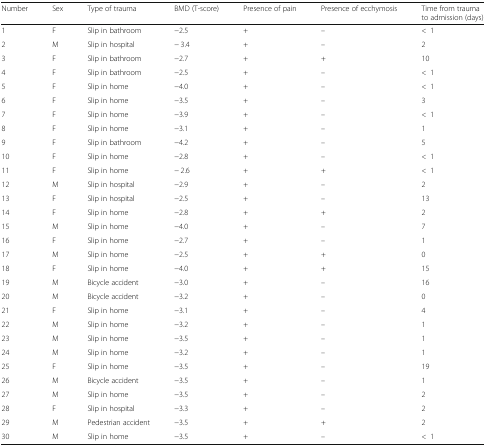
<table><thead><tr><td><b>Number</b></td><td><b>Sex</b></td><td><b>Type of trauma</b></td><td><b>BMD (T-score)</b></td><td><b>Presence of pain</b></td><td><b>Presence of ecchymosis</b></td><td><b>Time from trauma to admission (days)</b></td></tr></thead><tbody><tr><td>1</td><td>F</td><td>Slip in bathroom</td><td>−2.5</td><td>+</td><td>–</td><td>&lt;1</td></tr><tr><td>2</td><td>M</td><td>Slip in hospital</td><td>− 3.4</td><td>+</td><td>–</td><td>2</td></tr><tr><td>3</td><td>F</td><td>Slip in bathroom</td><td>−2.7</td><td>+</td><td>+</td><td>10</td></tr><tr><td>4</td><td>F</td><td>Slip in bathroom</td><td>−2.5</td><td>+</td><td>–</td><td>&lt;1</td></tr><tr><td>5</td><td>F</td><td>Slip in home</td><td>−4.0</td><td>+</td><td>–</td><td>&lt;1</td></tr><tr><td>6</td><td>F</td><td>Slip in home</td><td>−3.5</td><td>+</td><td>–</td><td>3</td></tr><tr><td>7</td><td>F</td><td>Slip in home</td><td>−3.9</td><td>+</td><td>–</td><td>&lt;1</td></tr><tr><td>8</td><td>F</td><td>Slip in home</td><td>−3.1</td><td>+</td><td>–</td><td>1</td></tr><tr><td>9</td><td>F</td><td>Slip in bathroom</td><td>−4.2</td><td>+</td><td>–</td><td>5</td></tr><tr><td>10</td><td>F</td><td>Slip in home</td><td>−2.8</td><td>+</td><td>–</td><td>&lt;1</td></tr><tr><td>11</td><td>F</td><td>Slip in home</td><td>− 2.6</td><td>+</td><td>+</td><td>&lt;1</td></tr><tr><td>12</td><td>M</td><td>Slip in hospital</td><td>−2.9</td><td>+</td><td>–</td><td>2</td></tr><tr><td>13</td><td>F</td><td>Slip in hospital</td><td>−2.5</td><td>+</td><td>–</td><td>13</td></tr><tr><td>14</td><td>F</td><td>Slip in home</td><td>−2.8</td><td>+</td><td>+</td><td>2</td></tr><tr><td>15</td><td>M</td><td>Slip in home</td><td>−4.0</td><td>+</td><td>–</td><td>7</td></tr><tr><td>16</td><td>F</td><td>Slip in home</td><td>−2.7</td><td>+</td><td>–</td><td>1</td></tr><tr><td>17</td><td>M</td><td>Slip in home</td><td>−2.5</td><td>+</td><td>+</td><td>0</td></tr><tr><td>18</td><td>F</td><td>Slip in home</td><td>−4.0</td><td>+</td><td>+</td><td>15</td></tr><tr><td>19</td><td>M</td><td>Bicycle accident</td><td>−3.0</td><td>+</td><td>–</td><td>16</td></tr><tr><td>20</td><td>M</td><td>Bicycle accident</td><td>−3.2</td><td>+</td><td>–</td><td>0</td></tr><tr><td>21</td><td>F</td><td>Slip in home</td><td>−3.1</td><td>+</td><td>–</td><td>4</td></tr><tr><td>22</td><td>M</td><td>Slip in home</td><td>−3.2</td><td>+</td><td>–</td><td>1</td></tr><tr><td>23</td><td>M</td><td>Slip in home</td><td>−3.5</td><td>+</td><td>–</td><td>1</td></tr><tr><td>24</td><td>M</td><td>Slip in home</td><td>−3.2</td><td>+</td><td>–</td><td>1</td></tr><tr><td>25</td><td>F</td><td>Slip in home</td><td>−3.5</td><td>+</td><td>–</td><td>19</td></tr><tr><td>26</td><td>M</td><td>Bicycle accident</td><td>−3.5</td><td>+</td><td>–</td><td>1</td></tr><tr><td>27</td><td>M</td><td>Slip in home</td><td>−3.5</td><td>+</td><td>–</td><td>2</td></tr><tr><td>28</td><td>F</td><td>Slip in hospital</td><td>−3.3</td><td>+</td><td>–</td><td>2</td></tr><tr><td>29</td><td>M</td><td>Pedestrian accident</td><td>−3.5</td><td>+</td><td>+</td><td>2</td></tr><tr><td>30</td><td>M</td><td>Slip in home</td><td>−3.5</td><td>+</td><td>–</td><td>&lt;1</td></tr></tbody></table>